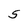
Character: 5